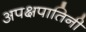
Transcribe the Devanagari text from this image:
अपक्षपातिनी